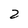
Character: 2